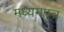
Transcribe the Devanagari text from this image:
मध्यमपुत्र